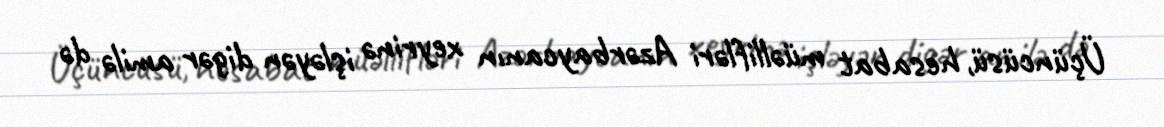
Üçüncüsü, hesabat müəllifləri Azərbaycanın xeyrinə işləyən digər amilə də